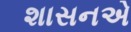
શાસનએ